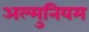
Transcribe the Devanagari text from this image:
अल्मुनियम